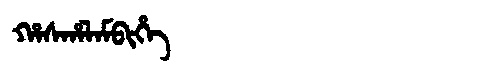
Manchu: ᡥᠠᠰᡥᠠᠯᠠᠮᠪᡳᡥᡝ
Romanization: HASHALAMBIHE